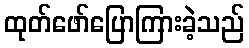
ထုတ်ဖော်ပြောကြားခဲ့သည်